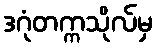
ဒဂုံတက္ကသိုလ်မှ